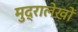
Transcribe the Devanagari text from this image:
मुद्रालेखों